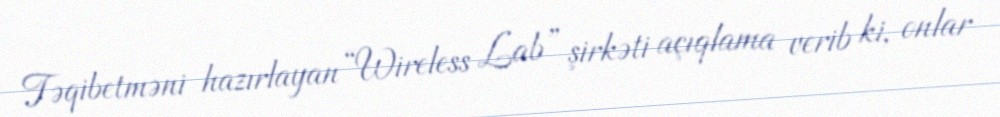
Təqibetməni hazırlayan “Wireless Lab” şirkəti açıqlama verib ki, onlar